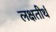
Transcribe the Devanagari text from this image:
लक्षतीर्थ